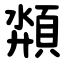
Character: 頮